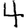
Digit: 4